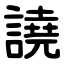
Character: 譊